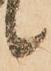
候